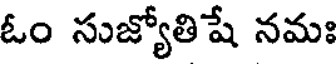
ఓం సుజ్యోతిషే నమః